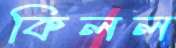
কিলল